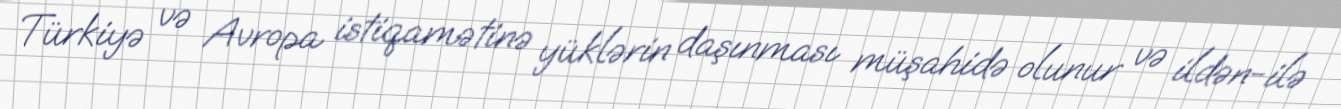
Türkiyə və Avropa istiqamətinə yüklərin daşınması müşahidə olunur və ildən-ilə